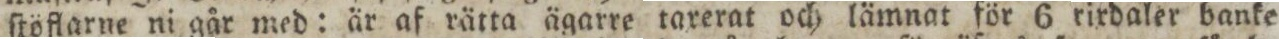
ſtöflarne ni går med: är af rätta ägarre taxerat och lämnat för 6 rirdaler banke